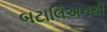
બટાલિઅનથી